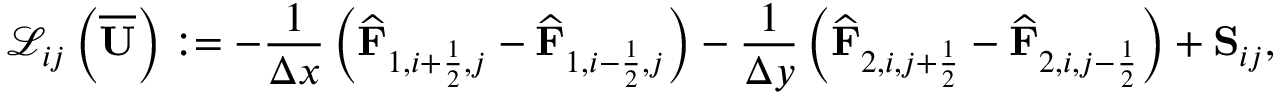
\mathcal { L } _ { i j } \left( \overline { { \mathbf { U } } } \right) : = - \frac { 1 } { \Delta x } \left( \widehat { \mathbf { F } } _ { 1 , i + \frac { 1 } { 2 } , j } - \widehat { \mathbf { F } } _ { 1 , i - \frac { 1 } { 2 } , j } \right) - \frac { 1 } { \Delta y } \left( \widehat { \mathbf { F } } _ { 2 , i , j + \frac { 1 } { 2 } } - \widehat { \mathbf { F } } _ { 2 , i , j - \frac { 1 } { 2 } } \right) + { \mathbf { S } } _ { i j } ,